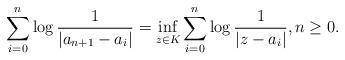
LaTeX: \begin{align*}\sum_{i=0}^{n}\log\frac{1}{|a_{n+1}-a_{i}|}=\inf_{z\in K}\sum_{i=0}^{n}\log\frac{1}{|z-a_{i}|},n\geq 0.\end{align*}